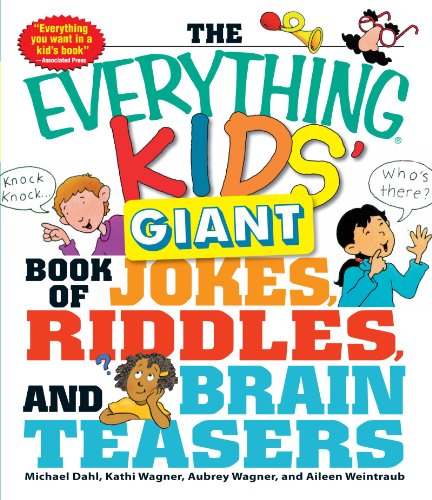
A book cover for The Everything Kids' Giant Book of Jokes, Riddles, and Brain Teasers; Michael Dahl; Children's Books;